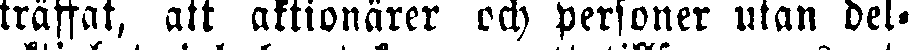
träffat, att aktionärer och personer utan del-